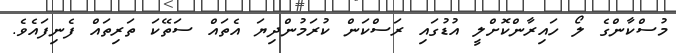
މުސްކާންގެ ލޯ ހައިރާންކޮށްލީ އުޑުގައި ރަސްކަން ކުރަމުންދިޔަ އެތައް ސަތޭކަ ތަރިތައް ފެނިފައެވެ.